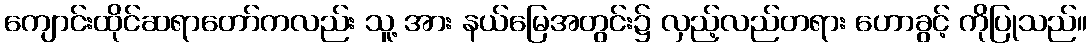
ကျောင်းထိုင်ဆရာတော်ကလည်း သူ့ အား နယ်မြေအတွင်း၌ လှည့်လည်တရား ဟောခွင့် ကိုပြုသည်။